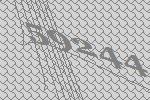
59244